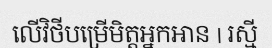
លើវិថីបម្រើមិត្តអ្នកអាន | រស្មី